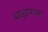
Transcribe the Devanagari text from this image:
ब्राह्मणका